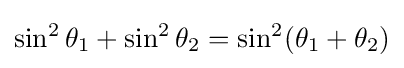
\sin ^{2}\theta _{1}+\sin ^{2}\theta _{2}=\sin ^{2}(\theta _{1}+\theta _{2})